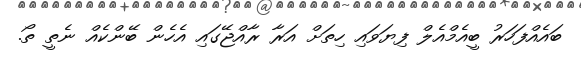
ބައެއްފަހަރު ބީއެމްއެލް ފިޔަވައި ހިތަށް އަރާ ރާއްޖޭގައި އެހެން ބޭންކެއް ނެތީ ތޯ.